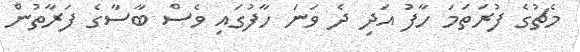
މެޗުގެ ފުރަތަމަ ހާފު އަދި ދެ ވަނަ ހާފުގައި ވެސް ބާސާގެ ފަރާތުން